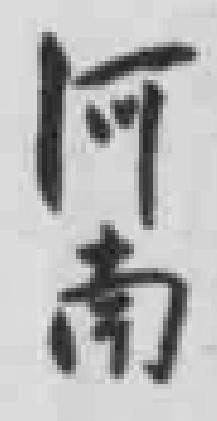
阿南